Scottish Certificate of Education, 1962
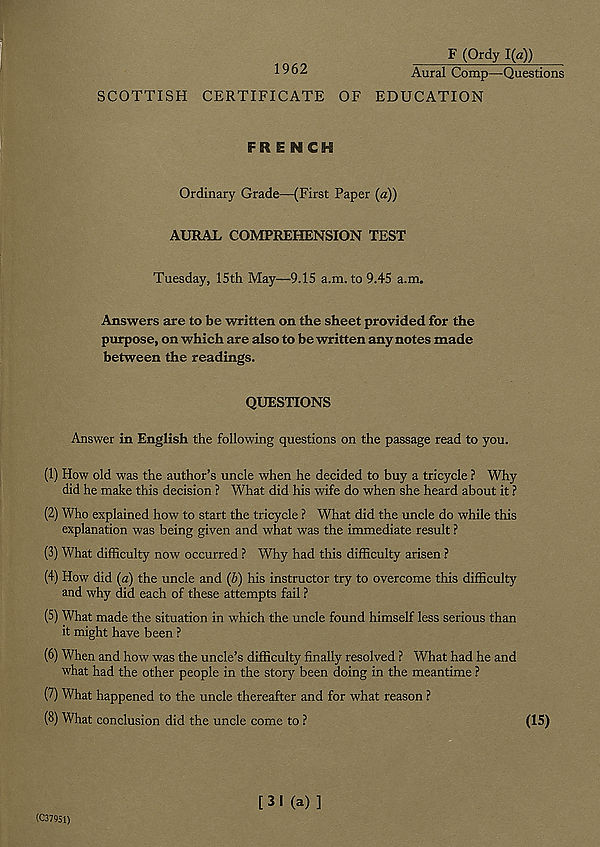
F (Ordy 1(a))
1^62
Aural Comp—Questions
SCOTTISH CERTIFICATE OF EDUCATION
FRENCH
Ordinary Grade—(First Paper (a))
AURAL COMPREHENSION TEST
Tuesday, 15th May—9.15 a.m. to9.45 a.m.
Answers are to be written on the sheet provided for the
purpose, on which are also to be written any notes made
between the readings.
QUESTIONS
Answer in English the following questions on the passage read to you.
(1) How old was the author’s uncle when he decided to buy a tricycle ? Why
did he make this decision ? What did his wife do when she heard about it ?
(2) Who explained how to start the tricycle ? What did the uncle do while this
explanation was being given and what was the immediate result ?
(3) What difficulty now occurred ? Why had this difficulty arisen ?
(4) How did (a) the uncle and (b) his instructor try to overcome this difficulty
and why did each of these attempts fail ?
(5) What made the situation in which the uncle found himself less serious than
it might have been ?
(6) When and how was the uncle’s difficulty finally resolved ? What had he and
what had the other people in the story been doing in the meantime ?
(7) What happened to the uncle thereafter and for what reason ?
(8) What conclusion did the uncle come to ?
(15)
(C37951)
[ 3 I (a) ]